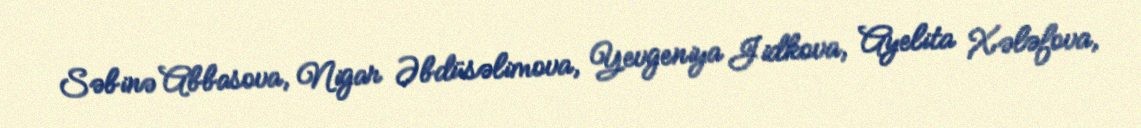
Səbinə Abbasova, Nigar Əbdüsəlimova, Yevgeniya Jidkova, Ayelita Xələfova,